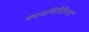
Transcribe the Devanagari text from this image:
कामगिरीप्रीत्यर्थ